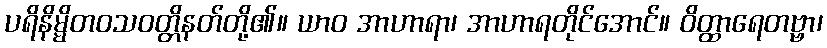
ပရိနိမ္မိတဝသဝတ္တိနတ်တို့၏။ ယာဝ အာဟာရာ၊ အာဟာရတိုင်အောင်။ ဝိတ္ထာရေတဗ္ဗာ၊